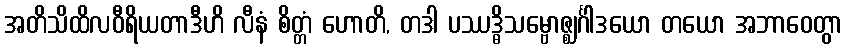
အတိသိထိလဝီရိယတာဒီဟိ လီနံ စိတ္တံ ဟောတိ, တဒါ ပဿဒ္ဓိသမ္ဗောဇ္ဈင်္ဂါဒယော တယော အဘာဝေတွာ